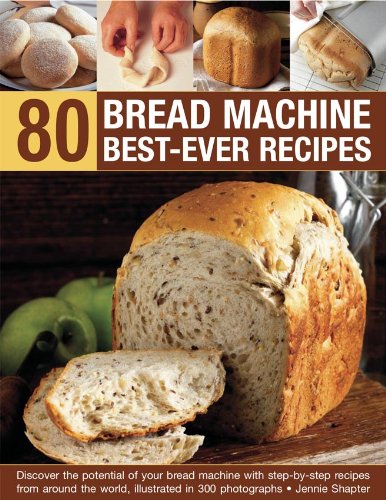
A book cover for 80 Bread Machine Best-Ever Recipes: Discover the potential of your bread machine with step-by-step recipes from around the world, illustrated in 300 photographs; Jennie Shapter; Cookbooks, Food & Wine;